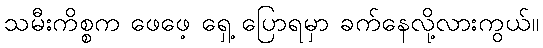
သမီးကိစ္စက ဖေဖေ့ ရှေ့ ပြောရမှာ ခက်နေလို့လားကွယ်။